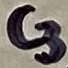
Text: C3